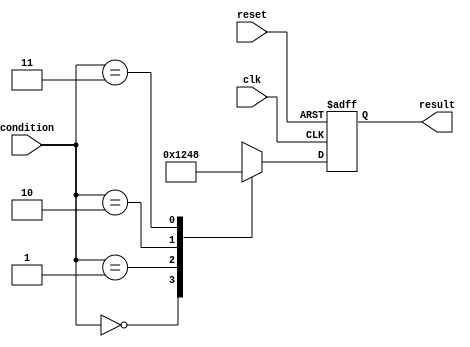
module parallel_case_statement(
    input wire [1:0] condition,
    input wire clk,
    input wire reset,
    output reg [3:0] result
);

always @(posedge clk or posedge reset)
begin
    if(reset)
        result <= 4'b0000;
    else
    begin
        case(condition)
            2'b00: result <= 4'b0001; // Case 1
            2'b01: result <= 4'b0010; // Case 2
            2'b10: result <= 4'b0100; // Case 3
            2'b11: result <= 4'b1000; // Case 4
            default: result <= 4'b1111; // Default case
        endcase
    end
end

endmodule